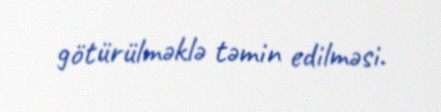
götürülməklə təmin edilməsi.